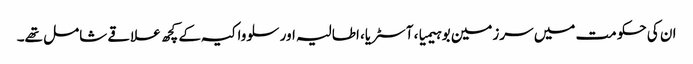
ان کی حکومت میں سرزمین بوہیمیا، آسٹریا، اطالیہ اور سلوواکیہ کے کچھ علاقے شامل تھے۔